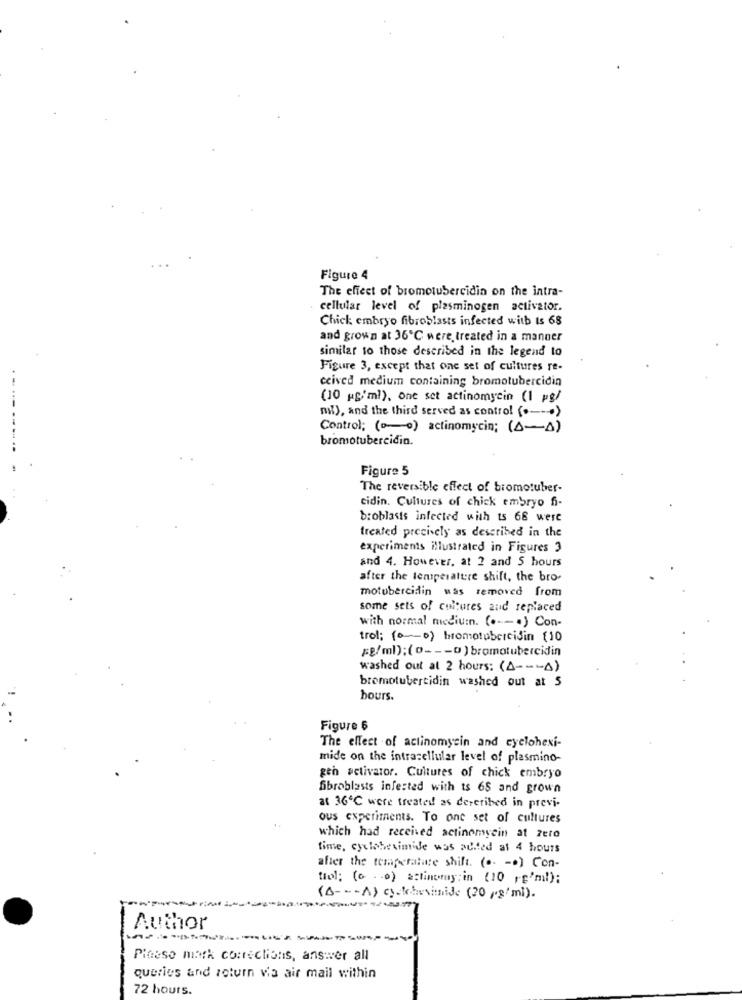
Figure 4
The effect of bromotubercidin on the intra-
cellular level of plasminogen activator.
Chick embryo fibroblasts infected with ts 68
and grown at 36℃ were treated in a manner
similar to those described in the legend to
Figure 3, except that one set of cultures re-
ceived medium containing bromotubercidin
(10 pg/ml), one set actinomycin (1 pg/
nat), and the third served as control ( .-- ">
Control: (ao) actinomycin; (A-A)
bromotubercidin.
Figure 5
The reversible effect of bromotuber-
cidin. Cultures of chick embryo fi-
broblasts infected with ts 68 were
treated precisely as described in the
experiments illustrated in Figures 3
and 4. However, at 2 and 5 hours
after the temperature shift, the bro-
motobercidin was removed from
some sets of cultures and replaced
with normal medium. ( .--. ) Con-
trol; (ao) bromotubeicidin (10
=B/ml);(o --- o ) bromatubercidin
washed out at 2 hours: (A --- A)
bromotubertidin washed out at S
bours.
Figure 6
The effect of actinomycin and cyclohexi-
mide on the intracellular level of plasmino-
gen activator. Cultures of chick embryo
fibroblasts infected with ts 65 and grown
at 36℃ were treated as dereribed in previ-
ous experiments. To one set of cultures
which had received actinomycin at zero
time, cycloheximide was added at 4 hours
after the temperature shift. ( .. -. ) Con-
til: (00) actinomy:in (10 rE'ml):
(A --- A) cytobenimide (20 pg/ml).
Author
------
Pieeso mark corrections, answer all
queries and return via air mail within
72 hours.